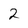
Character: 2